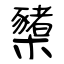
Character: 櫫